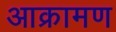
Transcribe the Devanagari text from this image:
आक्रामण